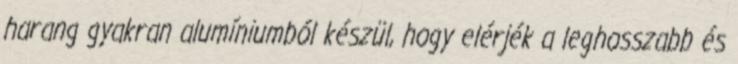
harang gyakran alumíniumból készül, hogy elérjék a leghosszabb és